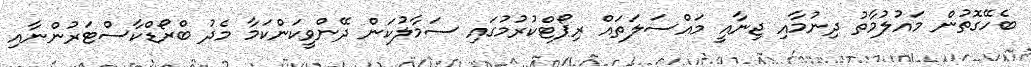
ބެހޭގޮތުން މައުލުމާތު ދިނުމާއި ޖިނާއީ މައްސަލަތައް ރިޕޯޓްކުރުމުގައި ސަމާލުކަން ދޭންވީކަންކަމާ މެދު ބްރޯޑްކާސްޓަރުންނާއި